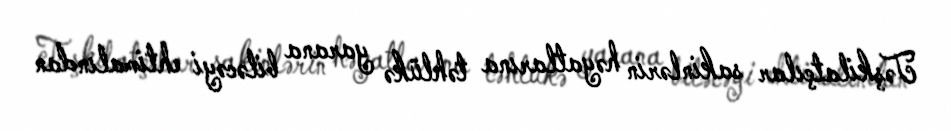
Təşkilatçılar sakinlərin həyatlarına təhlükə yarana biləcəyi ehtimalından